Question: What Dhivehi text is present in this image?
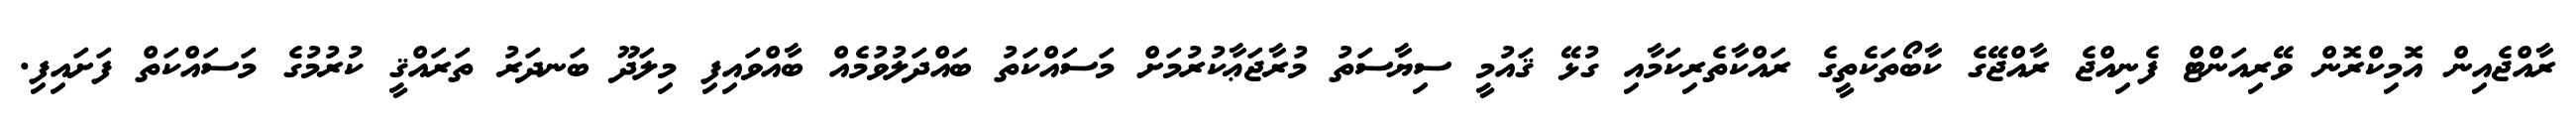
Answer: ރާއްޖެއިން އޮމިކްރޮން ވޭރިއަންޓް ފެނިއްޖެ ރާއްޖޭގެ ކާބޯތަކެތީގެ ރައްކާތެރިކަމާއި ގުޅޭ ޤައުމީ ސިޔާސަތު މުރާޖަޢާކުރުމަށް މަސައްކަތު ބައްދަލުވުމެއް ބާއްވައިފި މިލަދޫ ބަނދަރު ތަރައްޤީ ކުރުމުގެ މަސައްކަތް ފަށައިފި.